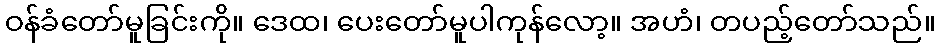
ဝန်ခံတော်မူခြင်းကို။ ဒေထ၊ ပေးတော်မူပါကုန်လော့။ အဟံ၊ တပည့်တော်သည်။